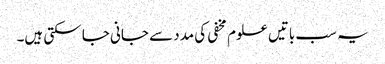
یہ سب باتیں علوم مخفی کی مدد سے جانی جا سکتی ہیں۔